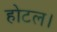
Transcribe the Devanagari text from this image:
होटल।